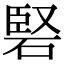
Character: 硻